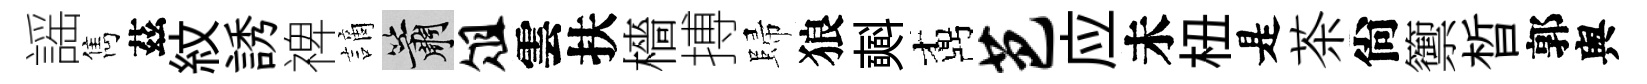
謡雋茲紋誘禆謫簫俎雲扶檣搏歸狼𣂏鼒芭应未杻是茶尙籞晳郭舆